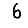
Digit: 6